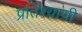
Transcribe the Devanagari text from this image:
प्रतिश्यायी